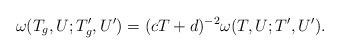
LaTeX: \begin{align*}\omega(T_g,U;T'_g,U')=(cT+d)^{-2}\omega(T,U;T',U').\end{align*}